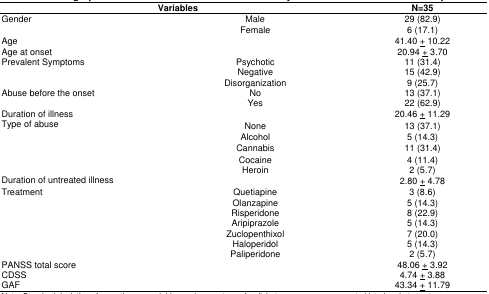
<table><thead><tr><td colspan="2"><b>Variables</b></td><td><b>N=35</b></td></tr></thead><tbody><tr><td rowspan="2">Gender</td><td>Male</td><td>29 (82.9)</td></tr><tr><td>Female</td><td>6 (17.1)</td></tr><tr><td colspan="2">Age</td><td>41.40 <underline>+</underline> 10.22</td></tr><tr><td colspan="2">Age at onset</td><td>20.94 <underline>+</underline> 3.70</td></tr><tr><td rowspan="3">Prevalent Symptoms</td><td>Psychotic</td><td>11 (31.4)</td></tr><tr><td>Negative</td><td>15 (42.9)</td></tr><tr><td>Disorganization</td><td>9 (25.7)</td></tr><tr><td rowspan="2">Abuse before the onset </td><td>No</td><td>13 (37.1)</td></tr><tr><td>Yes</td><td>22 (62.9)</td></tr><tr><td colspan="2">Duration of illness</td><td>20.46 <underline>+</underline> 11.29</td></tr><tr><td rowspan="5">Type of abuse </td><td>None</td><td>13 (37.1)</td></tr><tr><td>Alcohol</td><td>5 (14.3)</td></tr><tr><td>Cannabis</td><td>11 (31.4)</td></tr><tr><td>Cocaine</td><td>4 (11.4)</td></tr><tr><td>Heroin</td><td>2 (5.7)</td></tr><tr><td colspan="2">Duration of untreated illness</td><td>2.80 <underline>+</underline> 4.78</td></tr><tr><td rowspan="7">Treatment</td><td>Quetiapine</td><td>3 (8.6)</td></tr><tr><td>Olanzapine</td><td>5 (14.3)</td></tr><tr><td>Risperidone</td><td>8 (22.9)</td></tr><tr><td>Aripiprazole</td><td>5 (14.3)</td></tr><tr><td>Zuclopenthixol</td><td>7 (20.0)</td></tr><tr><td>Haloperidol</td><td>5 (14.3)</td></tr><tr><td>Paliperidone</td><td>2 (5.7)</td></tr><tr><td colspan="2">PANSS total score</td><td>48.06 <underline>+</underline> 3.92</td></tr><tr><td colspan="2">CDSS</td><td>4.74 <underline>+</underline> 3.88</td></tr><tr><td colspan="2">GAF</td><td>43.34 <underline>+</underline> 11.79</td></tr></tbody></table>